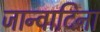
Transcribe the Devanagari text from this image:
जान्वादिना